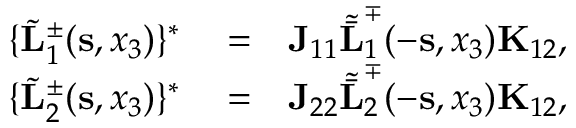
\begin{array} { r l r } { \{ \tilde { \bf L } _ { 1 } ^ { \pm } ( { \bf s } , x _ { 3 } ) \} ^ { * } } & { { } = } & { { \bf J } _ { 1 1 } { \tilde { \bar { \bf L } } } _ { 1 } ^ { \mp } ( - { \bf s } , x _ { 3 } ) { \bf K } _ { 1 2 } , } \\ { \{ \tilde { \bf L } _ { 2 } ^ { \pm } ( { \bf s } , x _ { 3 } ) \} ^ { * } } & { { } = } & { { \bf J } _ { 2 2 } { \tilde { \bar { \bf L } } } _ { 2 } ^ { \mp } ( - { \bf s } , x _ { 3 } ) { \bf K } _ { 1 2 } , } \end{array}